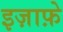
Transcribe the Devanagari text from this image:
इज़ाफ़े